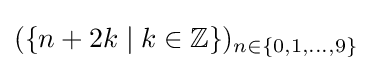
(\{n+2k\mid k\in \mathbb {Z} \})_{n\in \{0,1,\ldots ,9\}}